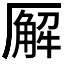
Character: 𪠘